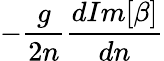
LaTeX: -\frac{g}{2n}\frac{dIm[\beta]}{dn}